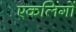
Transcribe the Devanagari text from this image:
एकलिंगों